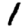
Digit: 1